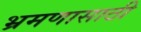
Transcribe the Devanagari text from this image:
भ्रमणासाठी